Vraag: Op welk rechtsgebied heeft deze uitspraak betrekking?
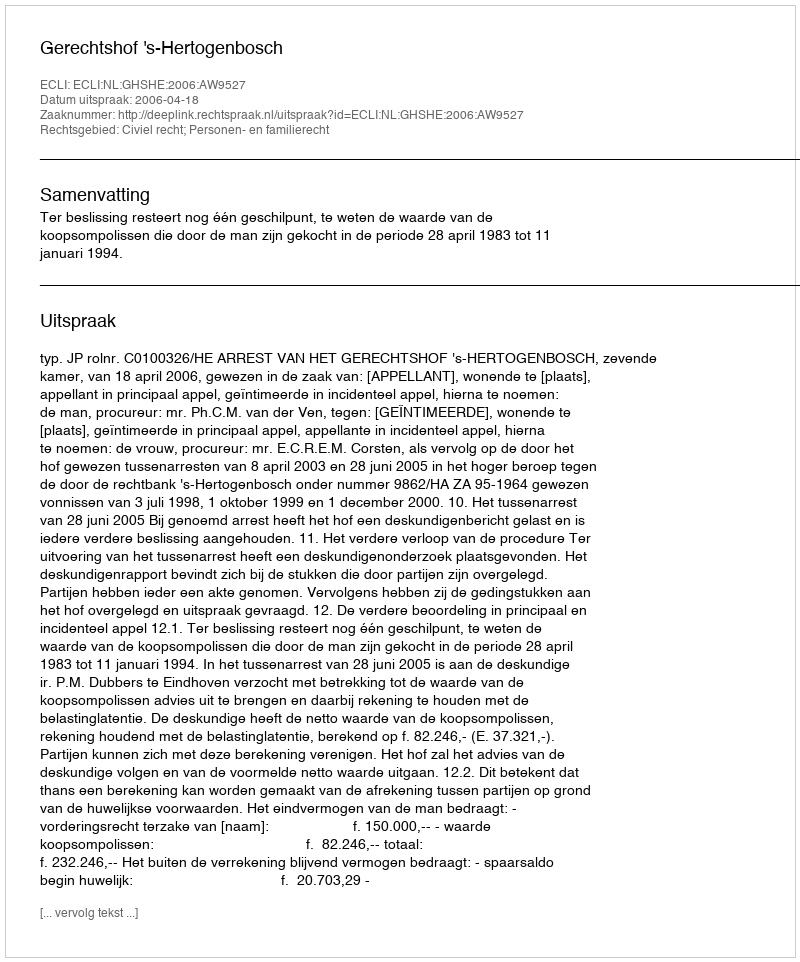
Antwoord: Civiel recht; Personen- en familierecht